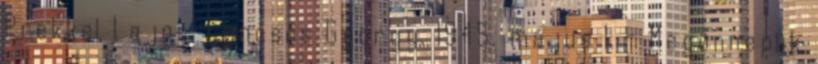
Prekkel Lajos, Lencsés György. 1945. május 1. – Megünneplik